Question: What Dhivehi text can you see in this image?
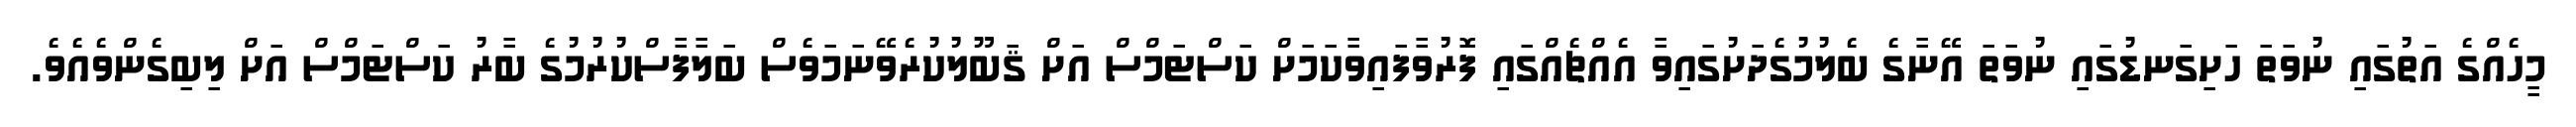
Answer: މީހެއްގެ އަތުގައި ނުވަތަ ހަށިގަނޑުގައި ނުވަތަ އޭނާގެ ބެލުމުގެދަށުގައިވާ އެއްޗެއްގައި ފޮރުވާފައިވާކަމަށް ކަސްޓަމްސް އަށް ޤަބޫލުކުރެވޭނަމަވެސް ބަލާފާސްކުރުމުގެ ބާރު ކަސްޓަމްސް އަށް ލިބިގެންވެއެވެ.